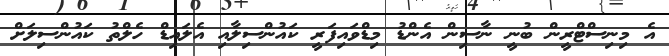
އެ މިނިސްޓްރީން ބުނީ ނާސިން އެންޑު މިޑްވައިފަރީ ކައުންސިލާއި އެލައިޑް ހެލްތު ކައުންސިލަށް